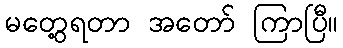
မတွေ့ရတာ အတော် ကြာပြီ။